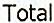
TOTAL